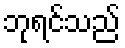
ဘုရင်သည်